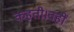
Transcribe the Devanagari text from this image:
कहती।वहीं